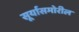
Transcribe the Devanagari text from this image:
सूर्यासमोरील